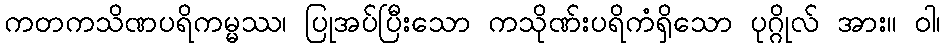
ကတကသိဏပရိကမ္မဿ၊ ပြုအပ်ပြီးသော ကသိုဏ်းပရိကံရှိသော ပုဂ္ဂိုလ် အား။ ဝါ၊